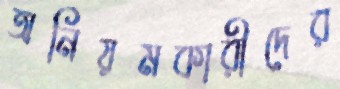
অনিয়মকারীদের